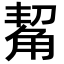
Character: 觢